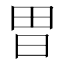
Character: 𭥫